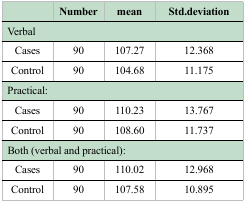
|  | Number | mean | Std. deviation |
 | --- | --- | --- | --- |
 | <COLSPAN=4> Verbal: |
 | Cases | 90 | 107. 27 | 12.368 |
 | Control | 90 | 104.68 | 11.175 |
 | <COLSPAN=4> Practical: |
 | Cases | 90 | 110.23 | 13.767 |
 | Control | 90 | 108.60 | 11.737 |
 | <COLSPAN=4> Both (verbal and practical): |
 | Cases | 90 | 110.02 | 12.968 |
 | Control | 90 | 107.58 | 10.895 |